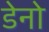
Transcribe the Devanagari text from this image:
डेनो